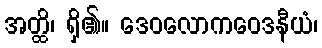
အတ္ထိ၊ ရှိ၏။ ဒေဝလောကဝေဒနီယံ၊